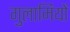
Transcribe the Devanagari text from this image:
गुलामियों